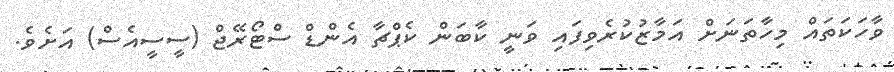
ވާހަކަތައް މިހާތަނަށް އަމާޒުކުރެވިފައި ވަނީ ކާބަން ކެޕްޗާ އެންޑް ސްޓޯރޭޖް (ސީސީއެސް) އަށެވެ.